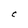
Character: C